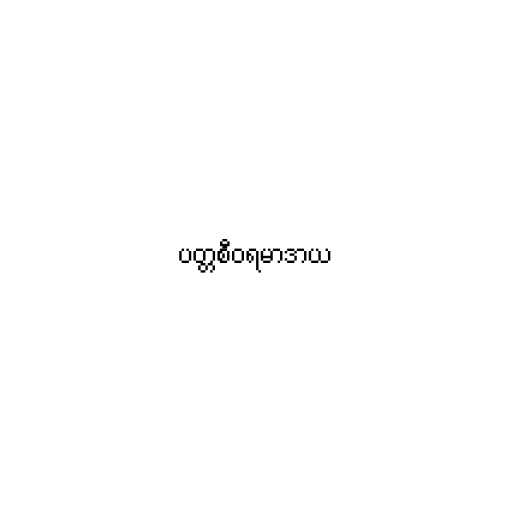
ပတ္တစီဝရမာဒာယ